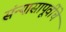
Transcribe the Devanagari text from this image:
संन्यासापूर्वीचे